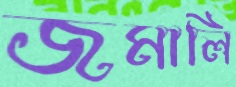
জমালি